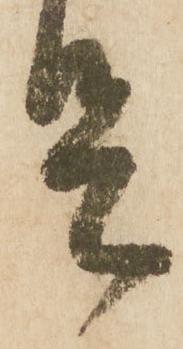
足